Medical and sanitary report of the native army of Madras for the year
Year: 1875
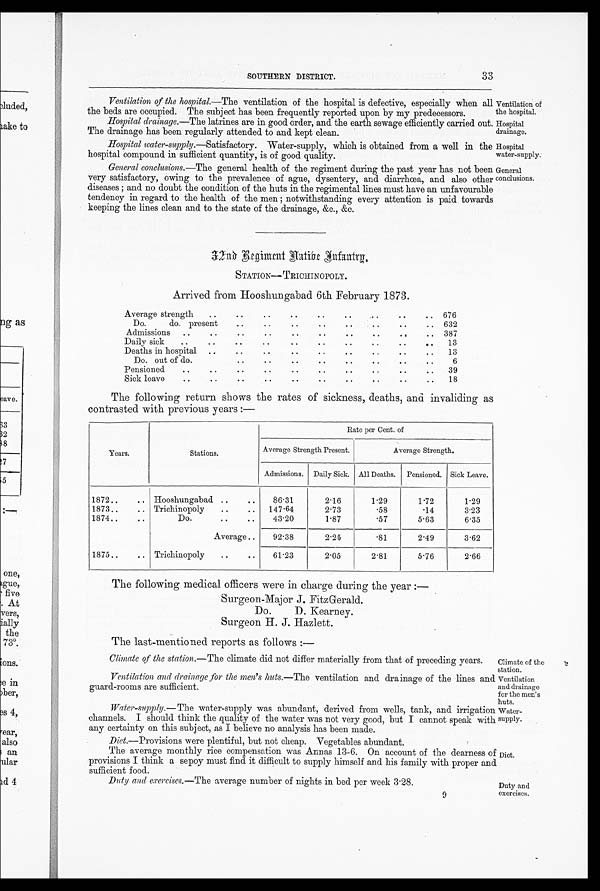
SOUTHERN DISTRICT.
33
Ventilation of the hospital.—The ventilation of the hospital is defective, especially when all
the beds are occupied. The subject has been frequently reported upon by my predecessors.
Hospital clrainage .—The latrines are in good order, and the earth sewage efficiently carried out.
The drainage has been regularly attended to and kept clean.
Hospital water-supply .—Satisfactory. Water-supply, which is obtained from a well in the
hospital compound in sufficient quantity, is of good quality.
General conclusions.—The general health of the regiment during the past year has not been
very satisfactory, owing to the prevalence of ague, dysentery, and diarrhœa, and also other
diseases ; and no doubt the condition of the huts in the regimental lines must have an unfavourable
tendency in regard to the health of the men; notwithstanding every attention is paid towards
keeping the lines clean and to the state of the drainage, &c., &c.
Ventilation of
the hospital.
Hospital
drainage.
Hospital
water-supply.
General
conclusions.
3 2 n d R e g i m e n t N a t i v e I n f a n t r y .
STATION—TRICHINOPOLY.
Arrived from Hooshungabad 6th February 1873.
Average strength
. .
. . . .
676
Do. do. present. ..
632
Admissions
.. ..
387
Daily sick
..
..
..
..
..
..
..
13
Deaths in hospital
..
.. .. .. .. ..
13
Do. out of do.
..
..
. . . . . . . . . .
6
Pensioned
..
..
..
. . . . . . . . . .
39
Sick leave
.. ..
. . . . .
18
The following return shows the rates of sickness, deaths, and invaliding as
contrasted with previous years :—
Years.
Stations.
Rate per Cent. of
Average Strength Present.
Average Strength.
Admissions. Daily Sick. All Deaths. Pensioned. Sick Leave.
1872..
.. Hooshungabad ..
. .
86.31
2.16
1.29
1.72
1.29
1873..
.. Trichinopoly
..
..
147.64
2.73
.58
.14
3.23
1874..
..
Do.
.. ..
43.20
1.87
.7
5.63
6.35
Average ..
92.38
2.25
.81
2.49
3.62
1875..
.. Trichinopoly
..
..
61.23
2.05
2.81
5.76
2.66
The following medical officers were in charge during the year :
—
Surgeon-Major J. FitzGerald.
Do.
D. Kearney.
Surgeon H. J. Hazlett.
•
The last-mentioned reports as follows : —
Climate of the station .—The climate did not differ materially from that of preceding years.
Ventilation and drainage ,for the men's huts. —The ventilation and drainage of the lines and
guard-rooms are sufficient.
Water-supply .—The water-supply was abundant, derived from wells, tank, and irrigation
channels. I should think the quality of the water was not very good, but I cannot speak with
any certainty on this subject, as I believe no analysis has been made.
Diet.—Provisions were plentiful, but not cheap. Vegetables abundant.
The average monthly rice compensation was Annas 13-6. On account of the dearness of
provisions I think a sepoy must find it difficult to supply himself and his family with proper and
sufficient food.
Duty and exercises.—The average number of nights in bed per week 3.28.
9
Climate of the
station.
Ventilation
and drainage
for the men's
huts.
Water-
supply.
Diet.
Duty and
exercises.